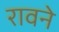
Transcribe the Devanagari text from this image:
रावने